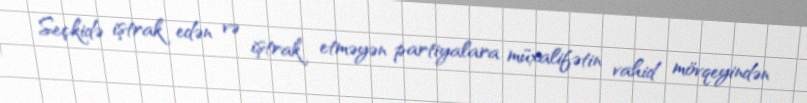
Seçkidə iştrak edən və iştrak etməyən partiyalara müxalifətin vahid mövqeyindən